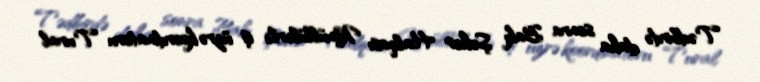
Tədbirdə daha sonra Bakı Şəhər Halqası Könüllülərlə iş üzrə koordinatoru Tural